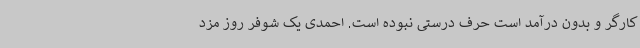
کارگر و بدون درآمد است حرف درستی نبوده است. احمدی یک شوفر روز مزد